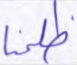
ظلمنا